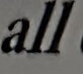
all